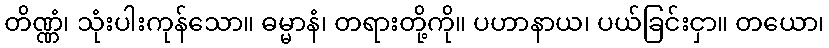
တိဏ္ဏံ၊ သုံးပါးကုန်သော။ ဓမ္မာနံ၊ တရားတို့ကို။ ပဟာနာယ၊ ပယ်ခြင်းငှာ။ တယော၊